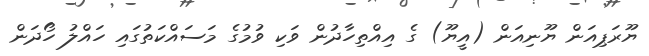
ޔޫރަޕިއަން ޔޫނިއަން (އީޔޫ) ގެ އިއްތިހާދުން ވަކި ވުމުގެ މަސައްކަތުގައި ހައްލު ހޯދަން